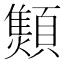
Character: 𱂝